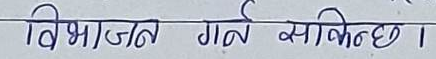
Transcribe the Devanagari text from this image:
विभाजन गर्न सकिन्छ।